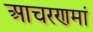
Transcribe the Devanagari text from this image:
आचरणमां